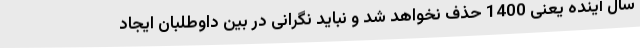
سال آینده یعنی 1400 حذف نخواهد شد و نباید نگرانی در بین داوطلبان ایجاد